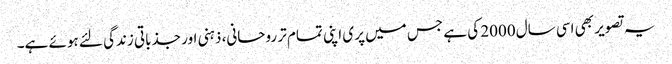
یہ تصویر بھی اسی سال 2000 کی ہے جس میں پری اپنی تمام تر روحانی، ذہنی اور جذباتی زندگی لئے ہوئے ہے۔